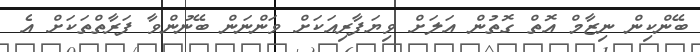
ބޭންކިން ނިޒާމް އޮތް ގޮތުން އަލަށް ވިޔަފާރިއަކަށް ވަންނަން ބޭނުންވާ ފަރާތްތަކަށް އެ